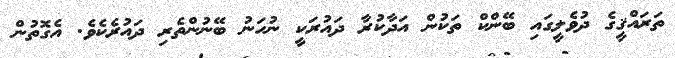
ތަރައްޤީގެ ދުވެލީގައި ބޭންކް ތަކުން އަދާކުރާ ދައުރަކީ ނުހަނު ބޭނުންތެރި ދައުރެކެވެ. އެގޮތުން